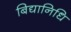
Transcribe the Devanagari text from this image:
बिद्यानिधि